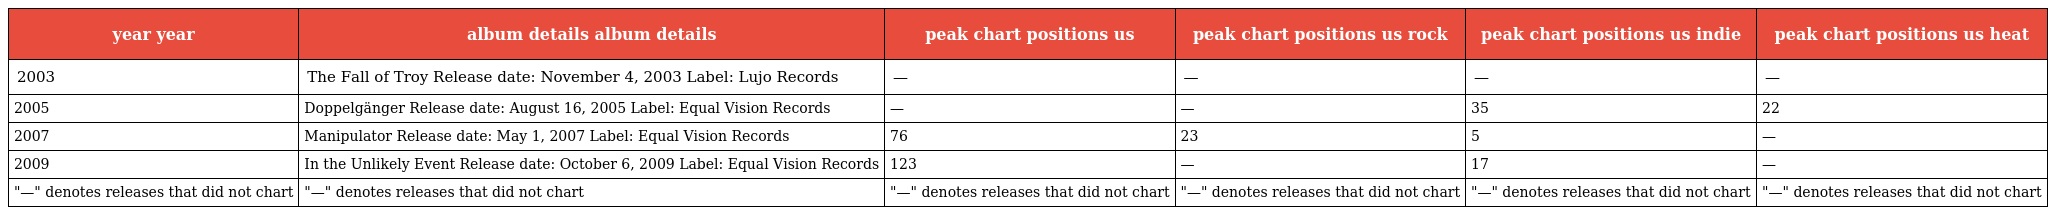
| year year | album details album details | peak chart positions us | peak chart positions us rock | peak chart positions us indie | peak chart positions us heat |
 | --- | --- | --- | --- | --- | --- |
 | 2003 | The Fall of Troy Release date: November 4, 2003 Label: Lujo Records | — | — | — | — |
 | 2005 | Doppelgänger Release date: August 16, 2005 Label: Equal Vision Records | — | — | 35 | 22 |
 | 2007 | Manipulator Release date: May 1, 2007 Label: Equal Vision Records | 76 | 23 | 5 | — |
 | 2009 | In the Unlikely Event Release date: October 6, 2009 Label: Equal Vision Records | 123 | — | 17 | — |
 | "—" denotes releases that did not chart | "—" denotes releases that did not chart | "—" denotes releases that did not chart | "—" denotes releases that did not chart | "—" denotes releases that did not chart | "—" denotes releases that did not chart |